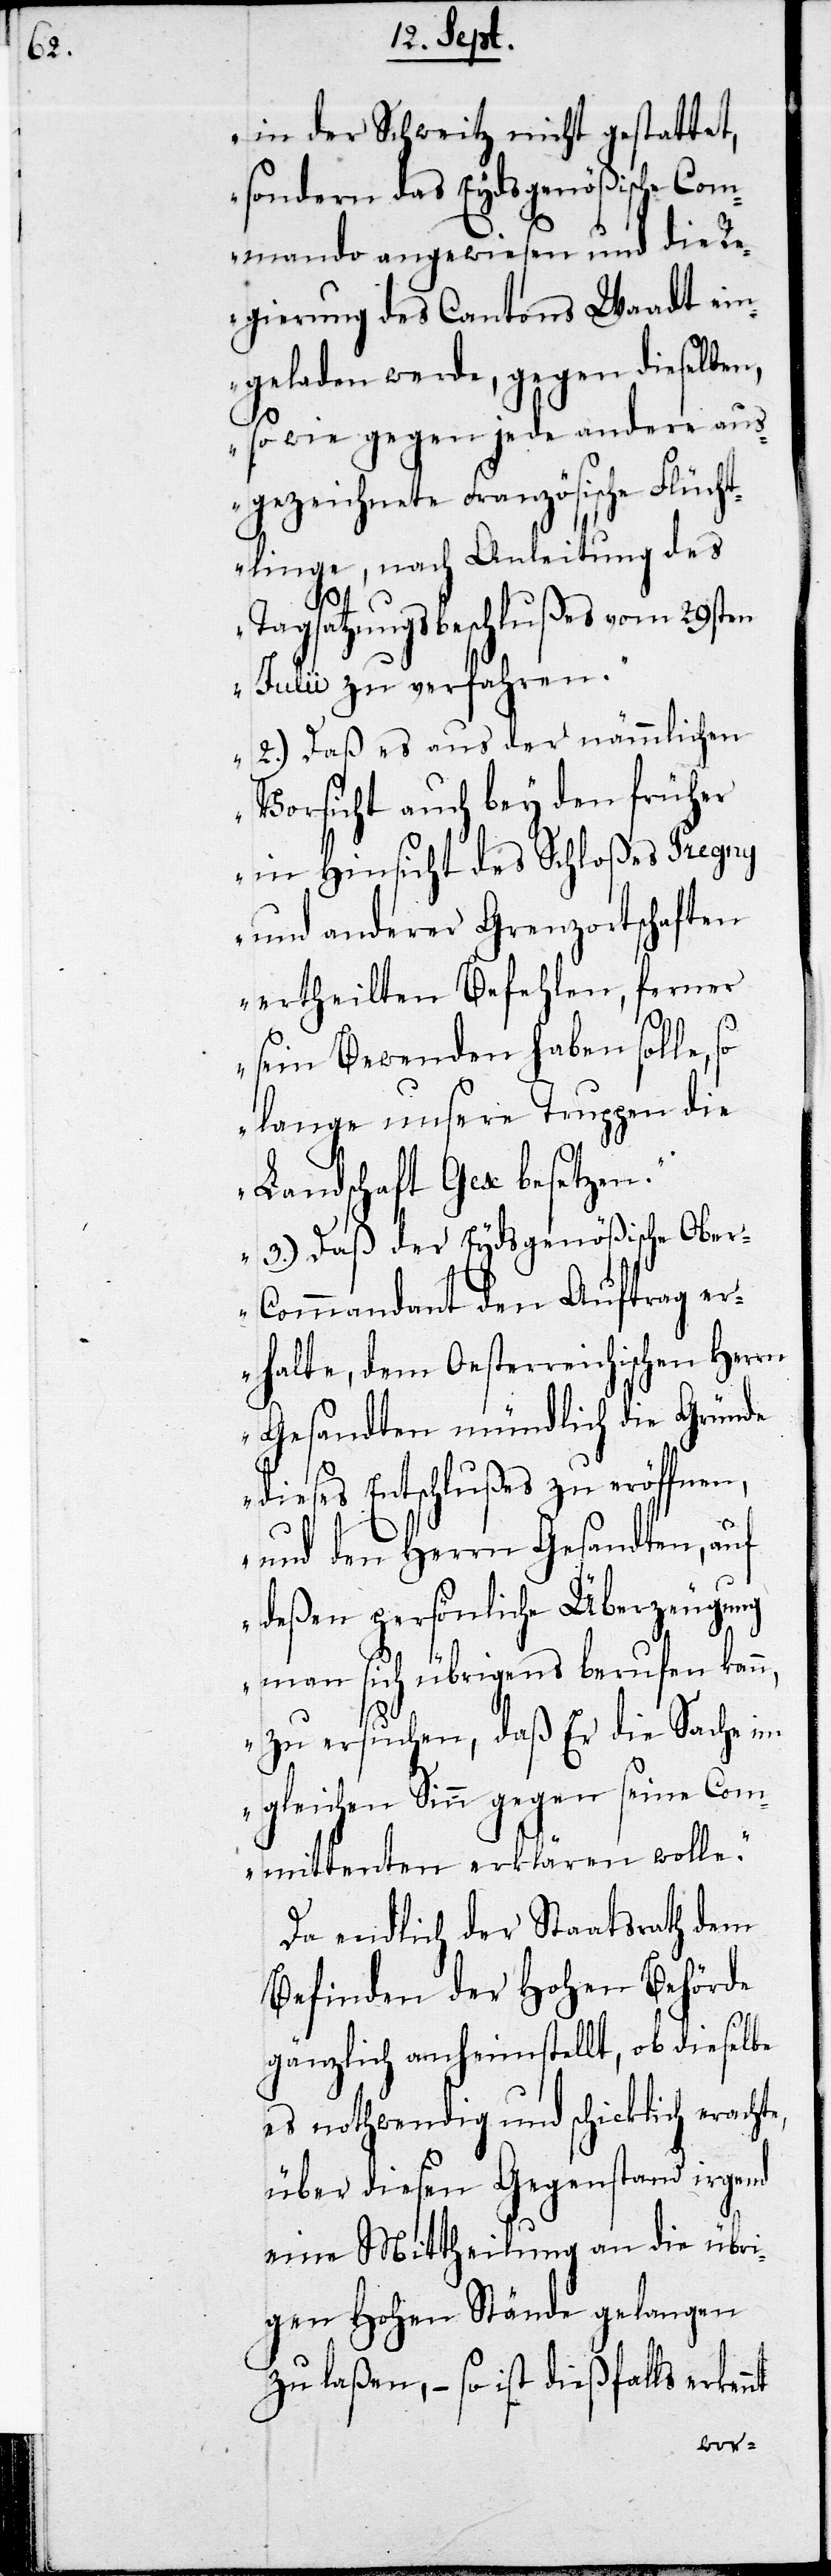
in der Schweiz nicht gestattet,
sondern das Eydsgenößische Com¬
mando angewiesen und die Re¬
gierung des Cantons Waadt ein¬
geladen werde, gegen dieselben,
so wie gegen jede andere aus¬
gezeichnete Französische Flüch¬
tlinge, nach Anleitung des
Tagsatzungsbeschlußes vom 29sten
Julii zu verfahren.
2.) Daß es aus der nämmlichen
nt
Vorsicht auch bey den früher
in Hinsicht des Schloßes Pregny
und anderer Grenzortschaften
sein Bewenden haben solle, so
lange unsere Truppen die
Landschaft Gex besetzen.
3.) Daß der Eydsgenößische Obe¬
r-Commandant den Auftrag er¬
halte, dem Oesterreichischen Herrn
Gesandten mündlich die Gründe
dieses Entschlußes zu eröffnen,
und den Herrn Gesandten, auf
deßen persönliche Überzeugung
man sich übrigens berufen kann,
zu ersuchen, daß Er die Sache im
gleichen Sinn gegen seine Com¬
mittenten erklären wolle.“
Da endlich der Staatsrath dem
Befinden der Hohen Behörde
gänzlich anheim stellt, ob dieselbe
es nothwendig und schicklich erach¬
über diesen Gegenstand irgend
eine Mittheilung an die übri¬
gen Hohen Stände gelangen
zu laßen, – so ist dießfalls erkan¬
te,